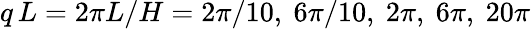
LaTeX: q\, L=2\pi L/H=2\pi/10,~6\pi/10,~2\pi,~6\pi,~20\pi